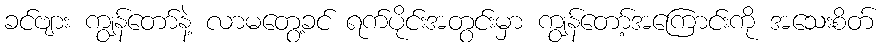
ခင်ဗျား ကျွန်တော်နဲ့ လာမတွေ့ခင် ရက်ပိုင်းအတွင်းမှာ ကျွန်တော့်အကြောင်းကို အသေးစိတ်